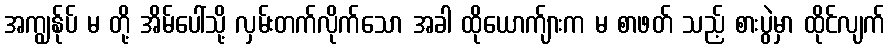
အကျွန်ုပ် မ တို့ အိမ်ပေါ်သို့ လှမ်းတက်လိုက်သော အခါ ထိုယောက်ျားက မ စာဖတ် သည့် စားပွဲမှာ ထိုင်လျက်